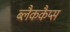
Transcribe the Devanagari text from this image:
ब्लैककैप्स